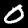
Digit: 0